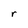
Character: r